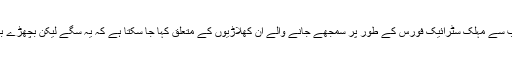
پاکستان کرکٹ کی سب سے مہلک سٹرائیک فورس کے طور پر سمجھے جانے والے ان کھلاڑیوں کے متعلق کہا جا سکتا ہے کہ یہ سگے لیکن بچھڑے بھائیوں کی طرح تھے۔